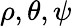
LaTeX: \rho,\theta,\psi